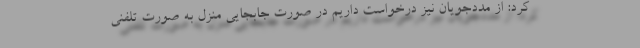
کرد: از مددجویان نیز درخواست داریم در صورت جابجایی منزل به صورت تلفنی